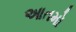
આતમો